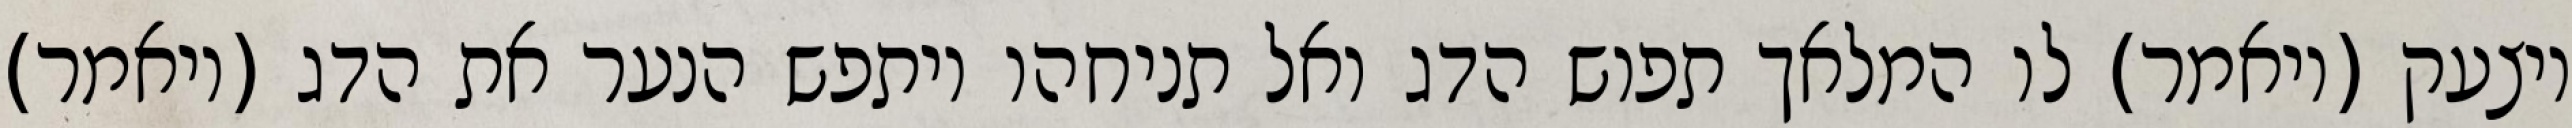
ויצעק (ויאמר) לו המלאך תפוש הדג ואל תניחהו ויתפש הנער את הדג (ויאמר)